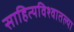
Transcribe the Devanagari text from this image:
साहित्यविश्वातल्या